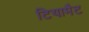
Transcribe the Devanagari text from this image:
टियामैट